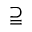
\supseteqq